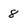
Character: 8